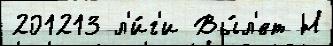
201213 л'и́г'и Вы́л'ет Н